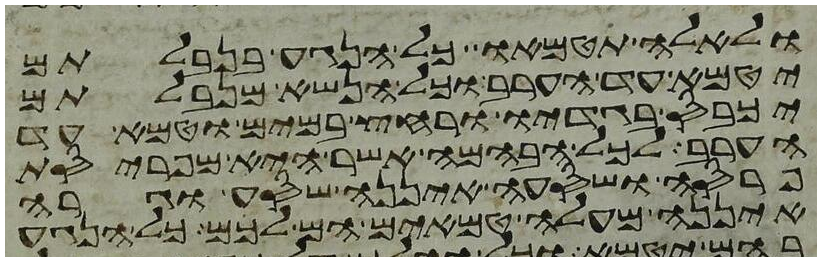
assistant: ולאלה תטמאו כל הנגע בנבלתם
יטמא עד הערב וכל הנשא מנבלתם
יכבס בגדיו ורחץ במים וטמא עד
הערב לכל הבהמה אשר היא מפריסת
פרסה ושסעה איננה שסע וגרה
איננה מעלה טמאים הם לכם כל הנגע